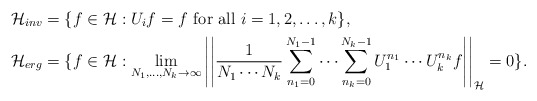
\begin{align*}\mathcal{H}_{inv} &= \{ f \in \mathcal{H} : U_i f = f \,\, \textrm{for all} \,\, i = 1,2, \dots, k \}, \\\mathcal{H}_{erg} &= \{ f \in \mathcal{H} : \lim_{N_1, \dots, N_k \rightarrow \infty} \left|\left|\frac{1}{N_1 \cdots N_k} \sum_{n_1=0}^{N_1-1} \cdots \sum_{n_k=0}^{N_k-1}U_1^{n_1} \cdots U_k^{n_k} f \right|\right|_{\mathcal{H}} = 0 \}.\end{align*}